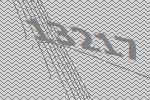
13217